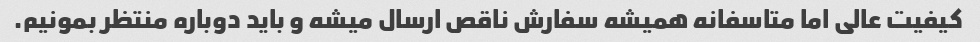
کیفیت عالی اما متاسفانه همیشه سفارش ناقص ارسال میشه و باید دوباره منتظر بمونیم.